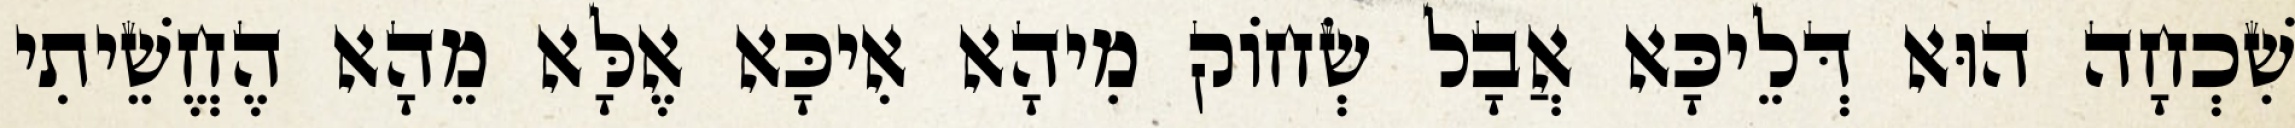
שִׁכְחָה הוּא דְּלֵיכָּא אֲבָל שְׂחוֹק מִיהָא אִיכָּא אֶלָּא מֵהָא הֶחֱשֵׁיתִי